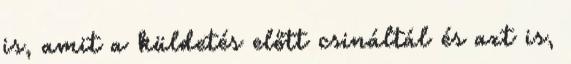
is, amit a küldetés előtt csináltál és azt is,